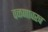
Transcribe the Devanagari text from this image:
वळणावरच